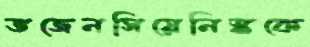
ভজেনসিয়েনিস্ককে